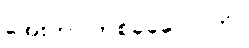
အေးတာ တစ်ခုခုလောက်။